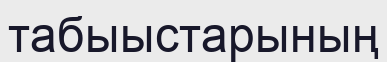
табыыстарының